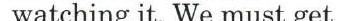
watching it. We must get